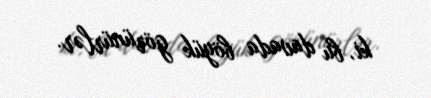
ki, bu davada böyük görünürlər.